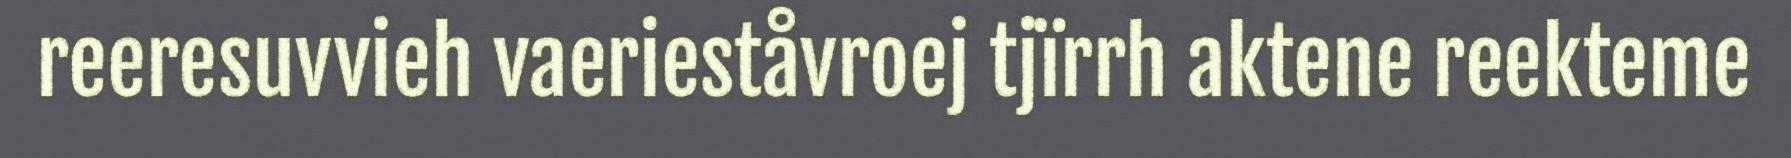
reeresuvvieh vaerieståvroej tjïrrh aktene reekteme